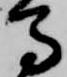
馬